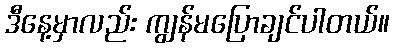
ဒီနေ့မှာလည်း ကျွန်မပြောချင်ပါတယ်။